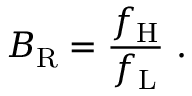
B _ { \mathrm { R } } = { \frac { f _ { \mathrm { H } } } { f _ { \mathrm { L } } } } \ .